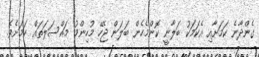
ގެންދާނެ ކަމަށާއި އެކަމަކު ބަލާނީ ކޮންމެހެން ބަލަން ޖެހޭ މުހިންމު މައްސަލަތައް ކަމަށެވެ.